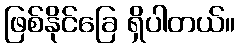
ဖြစ်နိုင်ခြေ ရှိပါတယ်။